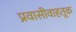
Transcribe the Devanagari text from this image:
प्रवासीवाहतूक